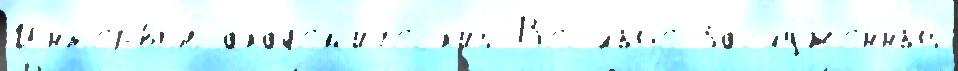
Инт'ервью́ акад'ем'и́ческ'ий В'ес'́лыjе Заслу́женный